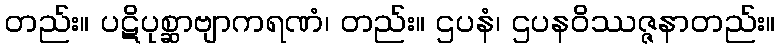
တည်း။ ပဋိပုစ္ဆာဗျာကရဏံ၊ တည်း။ ဌပနံ၊ ဌပနဝိဿဇ္ဇနာတည်း။